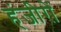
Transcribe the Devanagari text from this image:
हंजीरों